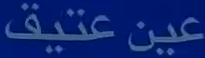
عينعتيق